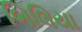
બિલિયા